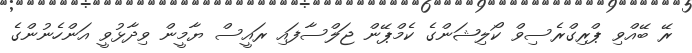
ރޭ ބޭއްވި ޕްރިގްރެސިވް ކޯލިޝަންގެ ކެމްޕޭން ޖަލްސާފައި ރައީސް ޔާމީން ވިދާޅުވީ އަންހެނުންގެ